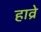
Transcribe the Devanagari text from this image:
हाव्रे